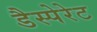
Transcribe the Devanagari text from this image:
डैस्पेरेट